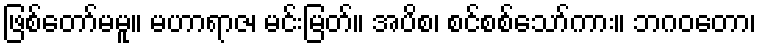
ဖြစ်တော်မမူ။ မဟာရာဇ၊ မင်းမြတ်။ အပိစ၊ စင်စစ်သော်ကား။ ဘဂဝတော၊